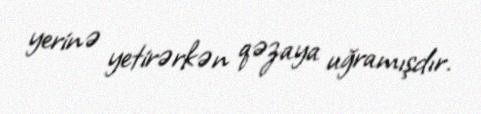
yerinə yetirərkən qəzaya uğramışdır.